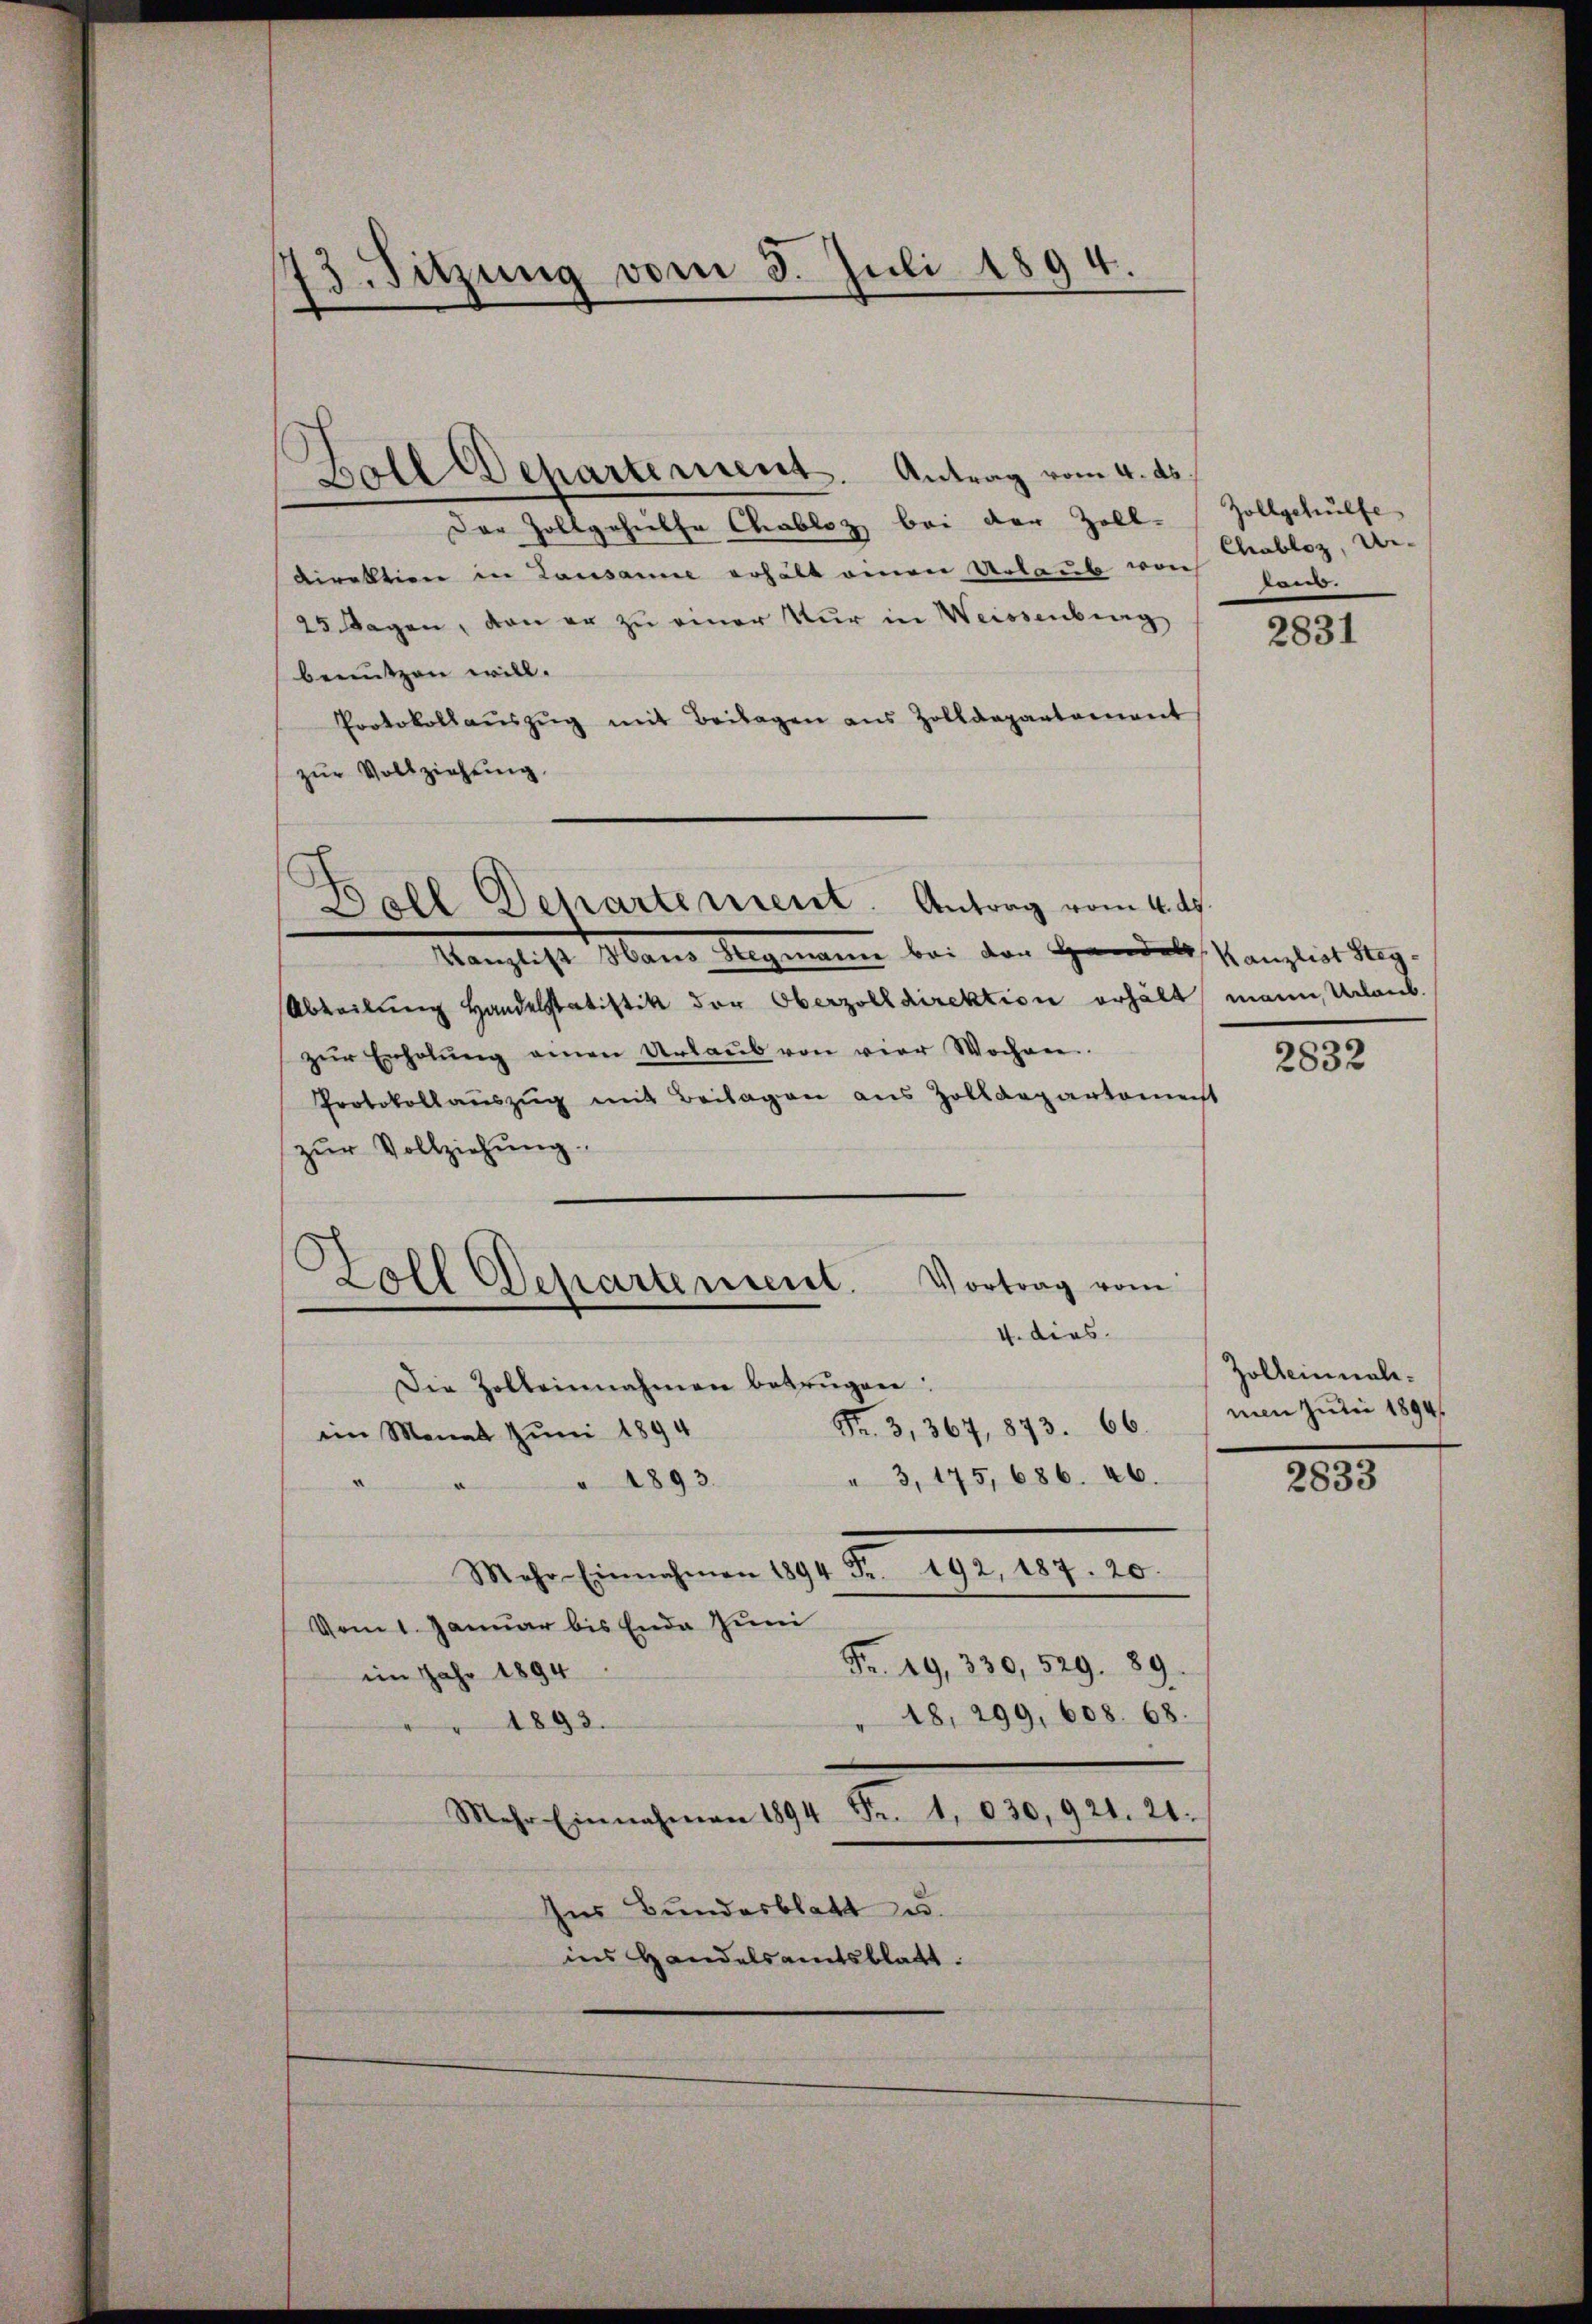
3. Sitzung vom 5. Juli 1894.

Zoll Departement. Antrag vom 4. ds.
Der Zollgehielte Chabloz bei der Zoll-
direktion in Lausanne erhält einen Urlaub von
25 Tagen, von er zu einer Kur in Weissenberg
benutzen will.
Protokollaŭszŭg mit Beilagen aus Zolldepartement
zur Vollziehung.
Kanzliche Mann Mangemann bei den Grandels, Kanzlist dag
Abteilŭng Handelstatistik der Oberzolldirektion erhält mann, Urlaub.
zŭr Erholŭng einen Urlaŭb von vier Wochen.
Protokollauszug mit Beilagen aus Zolldepartamenst
zŭr Vollziehŭng.
Zoll Departement.
Vortrag vom
4. dies
Die Zolleinnahmen betrügen:
Fr. 3, 367, 873. 66.
im Monat Juni 1894
" 3, 175, 686. 46.
" 1893.
Mehr-Einnahmen 1894 Fr. 192, 187. 20.
Vom 1. Januar bis Ende Juni
Fr. 49, 330, 529. 89.
im Jahr 1894
18, 299, 608. 68.
1893.
Mehr Einnahmen 1894 Fr. 1. 630, 921. 21.
Ins Bundesblatt u.
ins Handelsamtsblatt.

Boll Departement. Antrag vom 4. ds.

Zollgehülfe
Chabloz, Ur-
Lan.

2831

2832

Zolbeinalemen Juni 1894.

2833